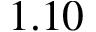
1 . 1 0